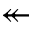
\twoheadleftarrow